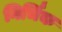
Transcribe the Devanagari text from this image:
निर्भिक